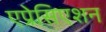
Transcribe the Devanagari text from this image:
एप्रेसिएशन